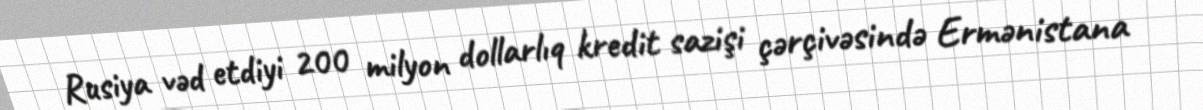
Rusiya vəd etdiyi 200 milyon dollarlıq kredit sazişi çərçivəsində Ermənistana